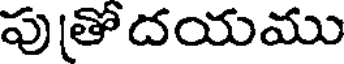
పు(తోదయము